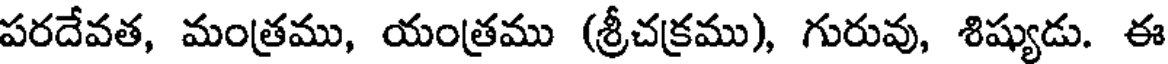
పరదేవత, మంత్రము, యంత్రము (శ్రీచక్రము), గురువు, శిష్యుడు. ఈ